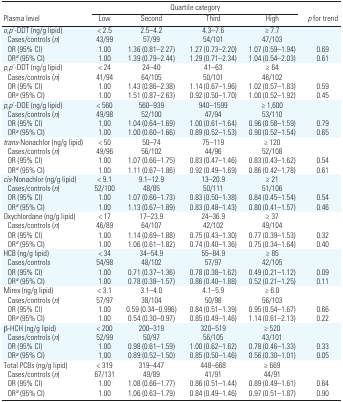
<table><thead><tr><td></td><td colspan="4"><b>Quartile category</b></td><td></td></tr><tr><td><b>Plasma level</b></td><td><b>Low</b></td><td><b>Second</b></td><td><b>Third</b></td><td><b>High</b></td><td><b><i>p</i> for trend</b></td></tr></thead><tbody><tr><td><i>o</i>,<i>p</i>′-DDT (ng/g lipid)</td><td>&lt; 2.5</td><td>2.5–4.2</td><td>4.3–7.6</td><td>≥ 7.7</td><td></td></tr><tr><td> Cases/controls (<i>n</i>)</td><td>43/99</td><td>57/99</td><td>54/101</td><td>47/103</td><td></td></tr><tr><td> OR (95% CI)</td><td>1.00</td><td>1.36 (0.81–2.27)</td><td>1.27 (0.73–2.20)</td><td>1.07 (0.59–1.94)</td><td>0.69</td></tr><tr><td> ORa (95% CI)</td><td>1.00</td><td>1.39 (0.79–2.44)</td><td>1.29 (0.71–2.34)</td><td>1.04 (0.54–2.03)</td><td>0.61</td></tr><tr><td><i>p</i>,<i>p</i>′-DDT (ng/g lipid)</td><td>&lt; 24</td><td>24–40</td><td>41–63</td><td>≥ 64</td><td></td></tr><tr><td> Cases/controls (<i>n</i>)</td><td>41/94</td><td>64/105</td><td>50/101</td><td>46/102</td><td></td></tr><tr><td> OR (95% CI)</td><td>1.00</td><td>1.43 (0.86–2.38)</td><td>1.14 (0.67–1.96)</td><td>1.02 (0.57–1.83)</td><td>0.59</td></tr><tr><td> ORa (95% CI)</td><td>1.00</td><td>1.51 (0.87–2.63)</td><td>0.92 (0.50–1.70)</td><td>1.00 (0.52–1.92)</td><td>0.45</td></tr><tr><td><i>p</i>,<i>p</i>′-DDE (ng/g lipid)</td><td>&lt; 560</td><td>560–939</td><td>940–1599</td><td>≥ 1,600</td><td></td></tr><tr><td> Cases/controls (<i>n</i>)</td><td>49/98</td><td>52/100</td><td>47/94</td><td>53/110</td><td></td></tr><tr><td> OR (95% CI)</td><td>1.00</td><td>1.04 (0.64–1.69)</td><td>1.00 (0.61–1.64)</td><td>0.96 (0.58–1.59)</td><td>0.79</td></tr><tr><td> ORa (95% CI)</td><td>1.00</td><td>1.00 (0.60–1.66)</td><td>0.89 (0.52–1.53)</td><td>0.90 (0.52–1.54)</td><td>0.65</td></tr><tr><td><i>trans</i>-Nonachlor (ng/g lipid)</td><td>&lt; 50</td><td>50–74</td><td>75–119</td><td>≥ 120</td><td></td></tr><tr><td> Cases/controls (<i>n</i>)</td><td>49/96</td><td>56/102</td><td>44/96</td><td>52/108</td><td></td></tr><tr><td> OR (95% CI)</td><td>1.00</td><td>1.07 (0.66–1.75)</td><td>0.83 (0.47–1.46)</td><td>0.83 (0.43–1.62)</td><td>0.54</td></tr><tr><td> ORa (95% CI)</td><td>1.00</td><td>1.11 (0.67–1.86)</td><td>0.92 (0.49–1.69)</td><td>0.86 (0.42–1.78)</td><td>0.61</td></tr><tr><td><i>cis</i>-Nonachlor (ng/g lipid)</td><td>&lt; 9.1</td><td>9.1–12.9</td><td>13–20.9</td><td>≥ 21</td><td></td></tr><tr><td> Cases/controls (<i>n</i>)</td><td>52/100</td><td>48/85</td><td>50/111</td><td>51/106</td><td></td></tr><tr><td> OR (95% CI)</td><td>1.00</td><td>1.07 (0.66–1.73)</td><td>0.83 (0.50–1.38)</td><td>0.84 (0.45–1.54)</td><td>0.54</td></tr><tr><td> ORa (95% CI)</td><td>1.00</td><td>1.13 (0.67–1.89)</td><td>0.83 (0.48–1.43)</td><td>0.80 (0.41–1.57)</td><td>0.46</td></tr><tr><td>Oxychlordane (ng/g lipid)</td><td>&lt; 17</td><td>17–23.9</td><td>24–36.9</td><td>≥ 37</td><td></td></tr><tr><td> Cases/controls (<i>n</i>)</td><td>46/89</td><td>64/107</td><td>42/102</td><td>49/104</td><td></td></tr><tr><td> OR (95% CI)</td><td>1.00</td><td>1.14 (0.69–1.88)</td><td>0.75 (0.43–1.30)</td><td>0.77 (0.39–1.53)</td><td>0.32</td></tr><tr><td> ORa (95% CI)</td><td>1.00</td><td>1.06 (0.61–1.82)</td><td>0.74 (0.40–1.36)</td><td>0.75 (0.34–1.64)</td><td>0.40</td></tr><tr><td>HCB (ng/g lipid)</td><td>&lt; 34</td><td>34–54.9</td><td>55–84.9</td><td>≥ 85</td><td></td></tr><tr><td> Cases/controls</td><td>54/98</td><td>48/102</td><td>57/97</td><td>42/105</td><td></td></tr><tr><td> OR (95% CI)</td><td>1.00</td><td>0.71 (0.37–1.36)</td><td>0.78 (0.38–1.62)</td><td>0.49 (0.21–1.12)</td><td>0.09</td></tr><tr><td> ORa (95% CI)</td><td>1.00</td><td>0.78 (0.38–1.57)</td><td>0.86 (0.40–1.88)</td><td>0.52 (0.21–1.25)</td><td>0.11</td></tr><tr><td>Mirex (ng/g lipid)</td><td>&lt; 3.1</td><td>3.1–4.0</td><td>4.1–5.9</td><td>≥ 6.0</td><td></td></tr><tr><td> Cases/controls (<i>n</i>)</td><td>57/97</td><td>38/104</td><td>50/98</td><td>56/103</td><td></td></tr><tr><td> OR (95% CI)</td><td>1.00</td><td>0.59 (0.34–0.996)</td><td>0.84 (0.51–1.39)</td><td>0.95 (0.54–1.67)</td><td>0.66</td></tr><tr><td> ORa (95% CI)</td><td>1.00</td><td>0.54 (0.30–0.97)</td><td>0.85 (0.49–1.46)</td><td>1.14 (0.61–2.13)</td><td>0.22</td></tr><tr><td>β-HCH (ng/g lipid)</td><td>&lt; 200</td><td>200–319</td><td>320–519</td><td>≥ 520</td><td></td></tr><tr><td> Cases/controls (<i>n</i>)</td><td>52/99</td><td>50/97</td><td>56/105</td><td>43/101</td><td></td></tr><tr><td> OR (95% CI)</td><td>1.00</td><td>0.98 (0.61–1.59)</td><td>1.00 (0.62–1.62)</td><td>0.78 (0.46–1.33)</td><td>0.33</td></tr><tr><td> ORa (95% CI)</td><td>1.00</td><td>0.89 (0.52–1.50)</td><td>0.85 (0.50–1.46)</td><td>0.56 (0.30–1.01)</td><td>0.05</td></tr><tr><td>Total PCBs (ng/g lipid)</td><td>&lt; 319</td><td>319–447</td><td>448–668</td><td>≥ 669</td><td></td></tr><tr><td> Cases/controls (<i>n</i>)</td><td>67/131</td><td>49/89</td><td>41/91</td><td>44/91</td><td></td></tr><tr><td> OR (95% CI)</td><td>1.00</td><td>1.08 (0.66–1.77)</td><td>0.86 (0.51–1.44)</td><td>0.89 (0.49–1.61)</td><td>0.64</td></tr><tr><td> ORa (95% CI)</td><td>1.00</td><td>1.06 (0.63–1.79)</td><td>0.84 (0.49–1.46)</td><td>0.97 (0.51–1.87)</td><td>0.90</td></tr></tbody></table>